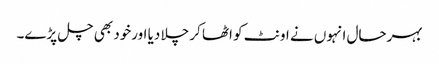
بہرحال انہوں نے اونٹ کو اٹھا کر چلا دیا اورخود بھی چل پڑے۔